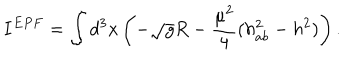
I ^ { E P F } = \int d ^ { 3 } x \left( - \sqrt { g } R - \frac { \mu ^ { 2 } } { 4 } ( h _ { a b } ^ { 2 } - h ^ { 2 } ) \right) .